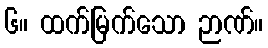
၆။ ထက်မြက်သော ဉာဏ်။